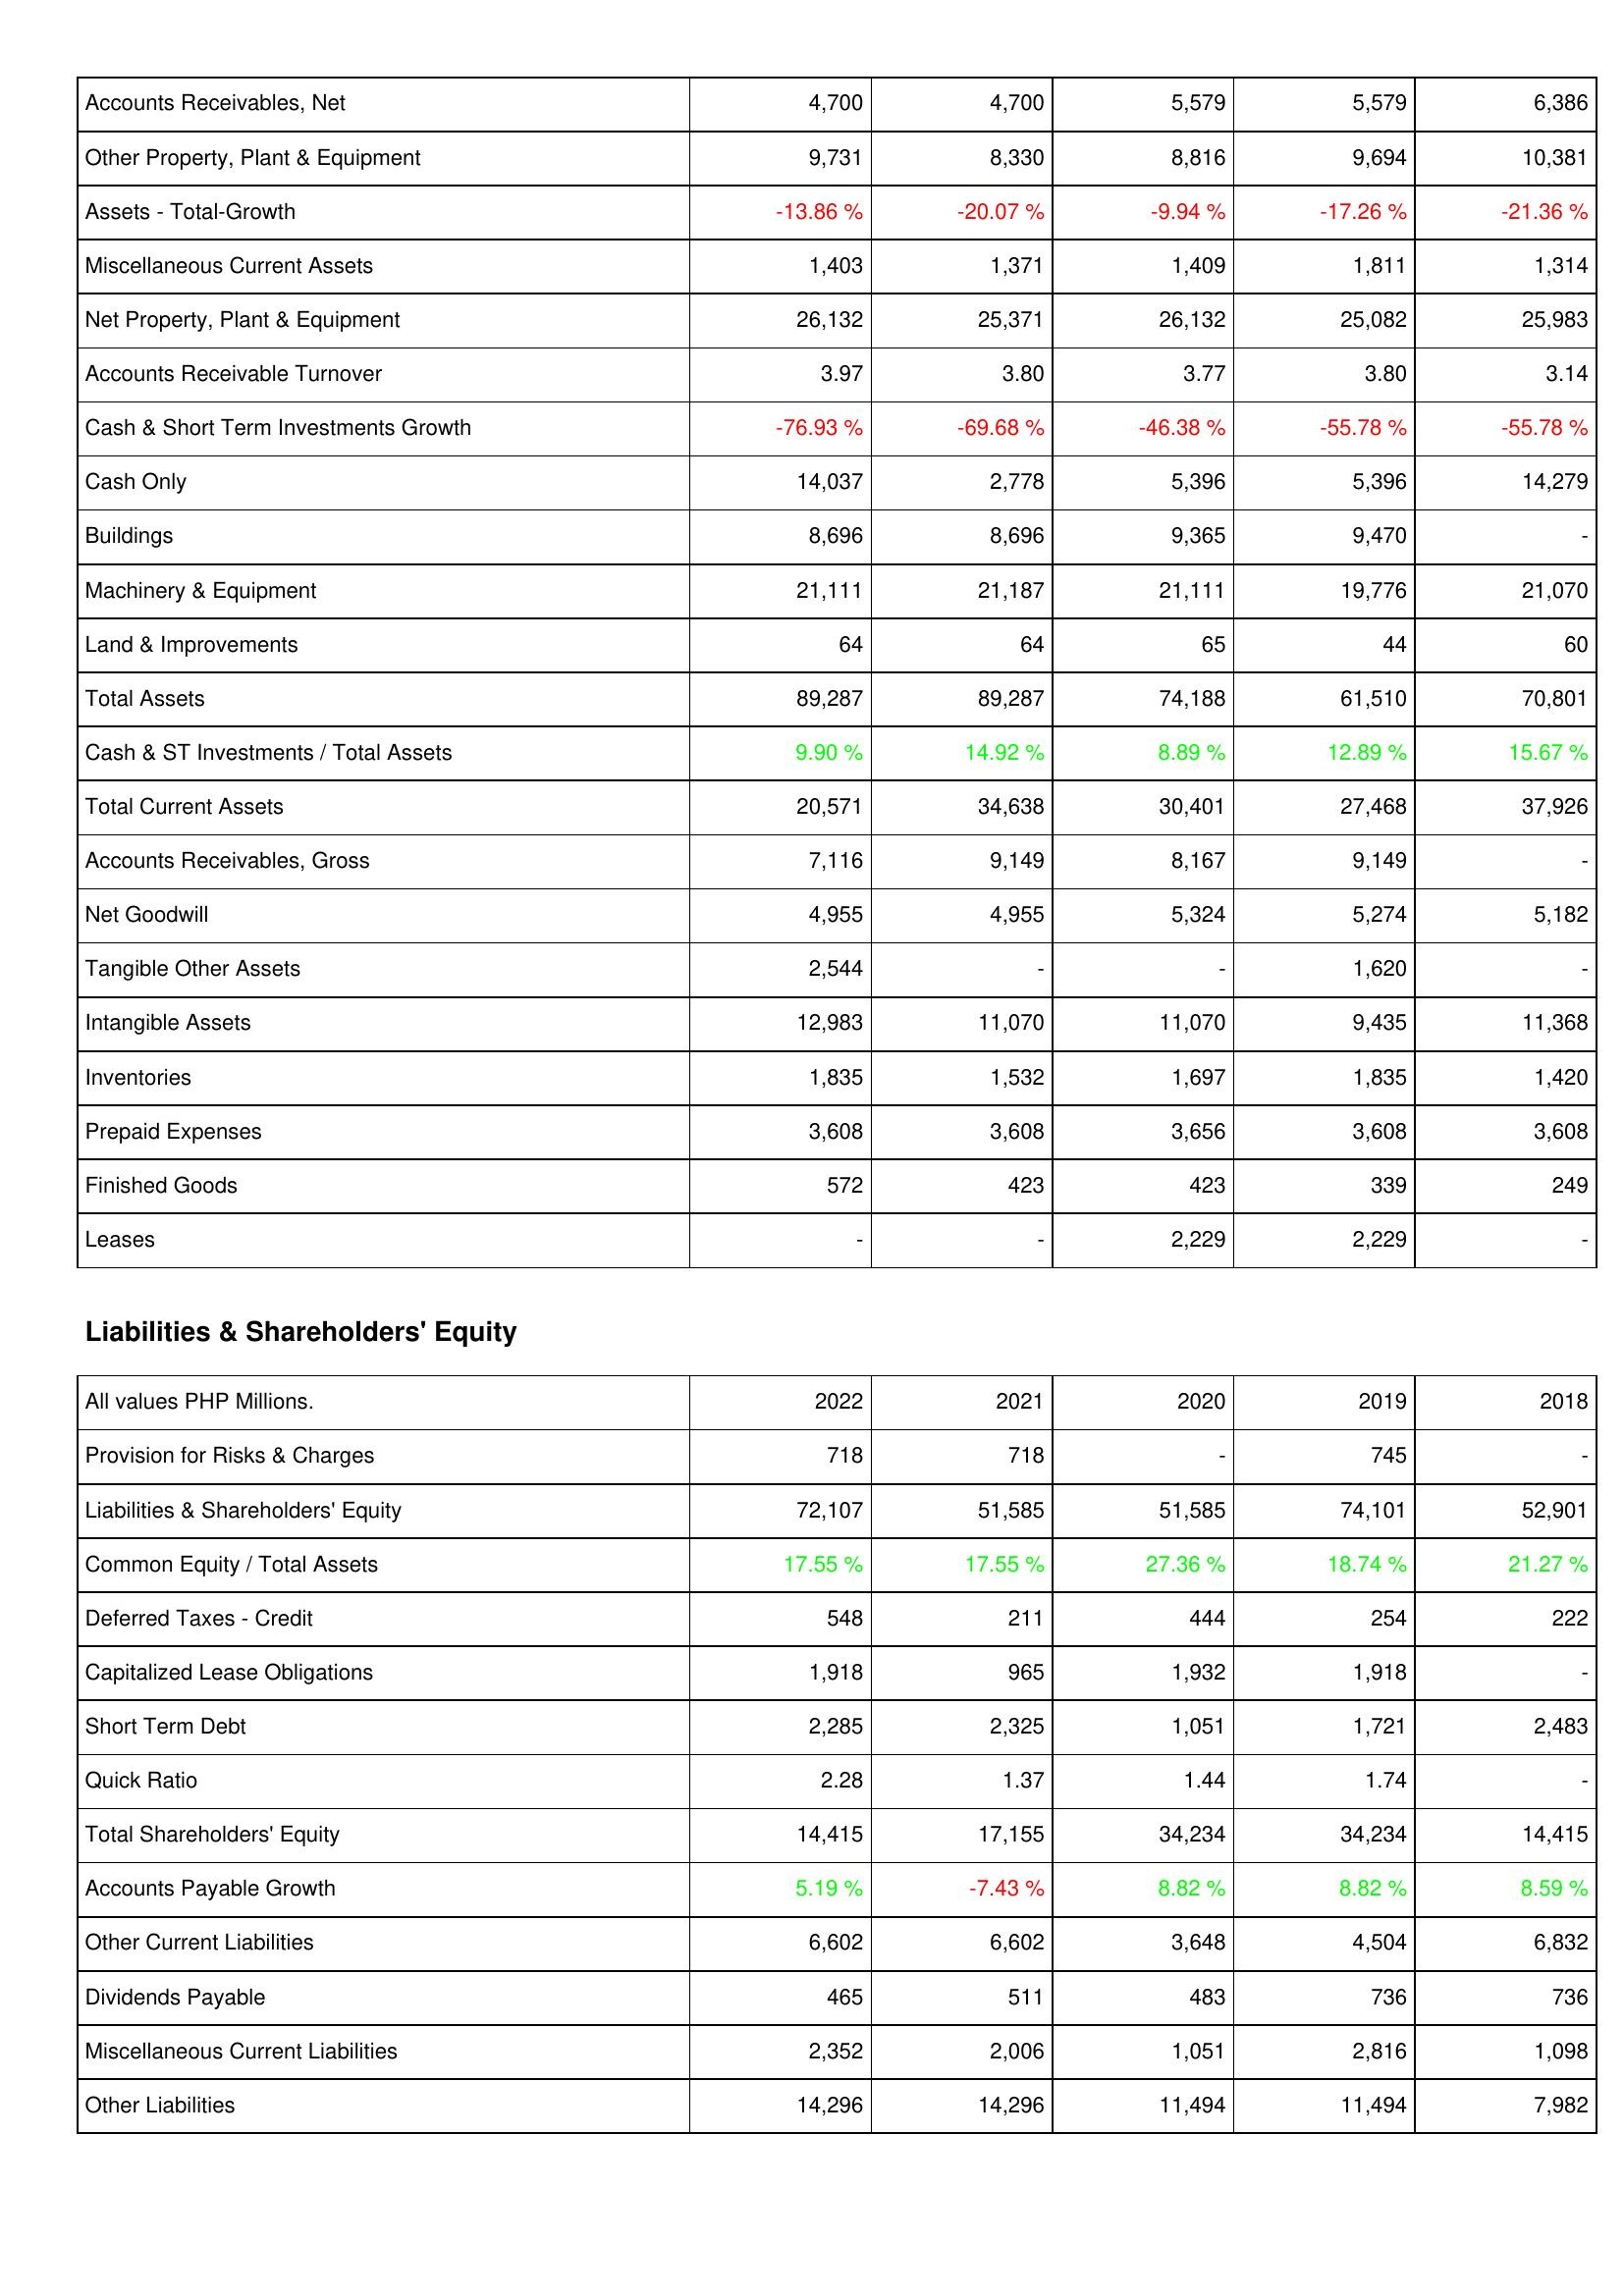
2022: Assets: Accounts Receivables, Net: 4,700
Other Property, Plant & Equipment: 9,731
Assets - Total-Growth: -13.86 %
Miscellaneous Current Assets: 1,403
Net Property, Plant & Equipment: 26,132
Accounts Receivable Turnover: 3.97
Cash & Short Term Investments Growth: -76.93 %
Cash Only: 14,037
Buildings: 8,696
Machinery & Equipment: 21,111
Land & Improvements: 64
Total Assets: 89,287
Cash & ST Investments / Total Assets: 9.90 %
Total Current Assets: 20,571
Accounts Receivables, Gross: 7,116
Net Goodwill: 4,955
Tangible Other Assets: 2,544
Intangible Assets: 12,983
Inventories: 1,835
Prepaid Expenses: 3,608
Finished Goods: 572
Leases: -
Liabilities & Shareholders' Equity: Provision for Risks & Charges: 718
Liabilities & Shareholders' Equity: 72,107
Common Equity / Total Assets: 17.55 %
Deferred Taxes - Credit: 548
Capitalized Lease Obligations: 1,918
Short Term Debt: 2,285
Quick Ratio: 2.28
Total Shareholders' Equity: 14,415
Accounts Payable Growth: 5.19 %
Other Current Liabilities: 6,602
Dividends Payable: 465
Miscellaneous Current Liabilities: 2,352
Other Liabilities: 14,296
2021: Assets: Accounts Receivables, Net: 4,700
Other Property, Plant & Equipment: 8,330
Assets - Total-Growth: -20.07 %
Miscellaneous Current Assets: 1,371
Net Property, Plant & Equipment: 25,371
Accounts Receivable Turnover: 3.80
Cash & Short Term Investments Growth: -69.68 %
Cash Only: 2,778
Buildings: 8,696
Machinery & Equipment: 21,187
Land & Improvements: 64
Total Assets: 89,287
Cash & ST Investments / Total Assets: 14.92 %
Total Current Assets: 34,638
Accounts Receivables, Gross: 9,149
Net Goodwill: 4,955
Tangible Other Assets: -
Intangible Assets: 11,070
Inventories: 1,532
Prepaid Expenses: 3,608
Finished Goods: 423
Leases: -
Liabilities & Shareholders' Equity: Provision for Risks & Charges: 718
Liabilities & Shareholders' Equity: 51,585
Common Equity / Total Assets: 17.55 %
Deferred Taxes - Credit: 211
Capitalized Lease Obligations: 965
Short Term Debt: 2,325
Quick Ratio: 1.37
Total Shareholders' Equity: 17,155
Accounts Payable Growth: -7.43 %
Other Current Liabilities: 6,602
Dividends Payable: 511
Miscellaneous Current Liabilities: 2,006
Other Liabilities: 14,296
2020: Assets: Accounts Receivables, Net: 5,579
Other Property, Plant & Equipment: 8,816
Assets - Total-Growth: -9.94 %
Miscellaneous Current Assets: 1,409
Net Property, Plant & Equipment: 26,132
Accounts Receivable Turnover: 3.77
Cash & Short Term Investments Growth: -46.38 %
Cash Only: 5,396
Buildings: 9,365
Machinery & Equipment: 21,111
Land & Improvements: 65
Total Assets: 74,188
Cash & ST Investments / Total Assets: 8.89 %
Total Current Assets: 30,401
Accounts Receivables, Gross: 8,167
Net Goodwill: 5,324
Tangible Other Assets: -
Intangible Assets: 11,070
Inventories: 1,697
Prepaid Expenses: 3,656
Finished Goods: 423
Leases: 2,229
Liabilities & Shareholders' Equity: Provision for Risks & Charges: -
Liabilities & Shareholders' Equity: 51,585
Common Equity / Total Assets: 27.36 %
Deferred Taxes - Credit: 444
Capitalized Lease Obligations: 1,932
Short Term Debt: 1,051
Quick Ratio: 1.44
Total Shareholders' Equity: 34,234
Accounts Payable Growth: 8.82 %
Other Current Liabilities: 3,648
Dividends Payable: 483
Miscellaneous Current Liabilities: 1,051
Other Liabilities: 11,494
2019: Assets: Accounts Receivables, Net: 5,579
Other Property, Plant & Equipment: 9,694
Assets - Total-Growth: -17.26 %
Miscellaneous Current Assets: 1,811
Net Property, Plant & Equipment: 25,082
Accounts Receivable Turnover: 3.80
Cash & Short Term Investments Growth: -55.78 %
Cash Only: 5,396
Buildings: 9,470
Machinery & Equipment: 19,776
Land & Improvements: 44
Total Assets: 61,510
Cash & ST Investments / Total Assets: 12.89 %
Total Current Assets: 27,468
Accounts Receivables, Gross: 9,149
Net Goodwill: 5,274
Tangible Other Assets: 1,620
Intangible Assets: 9,435
Inventories: 1,835
Prepaid Expenses: 3,608
Finished Goods: 339
Leases: 2,229
Liabilities & Shareholders' Equity: Provision for Risks & Charges: 745
Liabilities & Shareholders' Equity: 74,101
Common Equity / Total Assets: 18.74 %
Deferred Taxes - Credit: 254
Capitalized Lease Obligations: 1,918
Short Term Debt: 1,721
Quick Ratio: 1.74
Total Shareholders' Equity: 34,234
Accounts Payable Growth: 8.82 %
Other Current Liabilities: 4,504
Dividends Payable: 736
Miscellaneous Current Liabilities: 2,816
Other Liabilities: 11,494
2018: Assets: Accounts Receivables, Net: 6,386
Other Property, Plant & Equipment: 10,381
Assets - Total-Growth: -21.36 %
Miscellaneous Current Assets: 1,314
Net Property, Plant & Equipment: 25,983
Accounts Receivable Turnover: 3.14
Cash & Short Term Investments Growth: -55.78 %
Cash Only: 14,279
Buildings: -
Machinery & Equipment: 21,070
Land & Improvements: 60
Total Assets: 70,801
Cash & ST Investments / Total Assets: 15.67 %
Total Current Assets: 37,926
Accounts Receivables, Gross: -
Net Goodwill: 5,182
Tangible Other Assets: -
Intangible Assets: 11,368
Inventories: 1,420
Prepaid Expenses: 3,608
Finished Goods: 249
Leases: -
Liabilities & Shareholders' Equity: Provision for Risks & Charges: -
Liabilities & Shareholders' Equity: 52,901
Common Equity / Total Assets: 21.27 %
Deferred Taxes - Credit: 222
Capitalized Lease Obligations: -
Short Term Debt: 2,483
Quick Ratio: -
Total Shareholders' Equity: 14,415
Accounts Payable Growth: 8.59 %
Other Current Liabilities: 6,832
Dividends Payable: 736
Miscellaneous Current Liabilities: 1,098
Other Liabilities: 7,982